Report on vaccination in Madras 1877-1894 - 1877-1894
Year: 1877
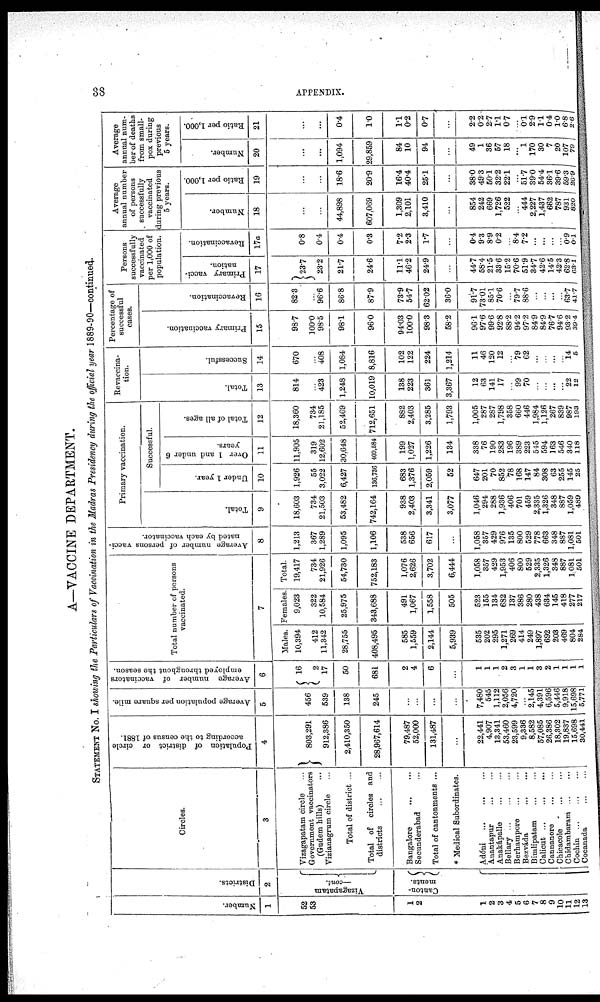
38
APPENDIX.
A—VACCINE DEPARTMENT.
STATEMENT NO. I showing the Particulars of Vaccination in the Madras Presidency during the official year 1889-90—continued.
Number.
1
52
53
1
2
1
2
3
4
5
6
7
8
9
10
11
12
13
Districts.
2
Vizagapatam
—cont.
Canton-
ments.
Circles.
3
Vizagapatam circle ...
Government vaccinators
(Gudem hills) ...
Vizianagrum circle ...
Total of district ...
Total of circles and
districts
...
...
Bangalore ... ...
Secunderabad ...
Total of cantonments ...
* Medical Subordinates.
Adóni
...
...
...
Anantapur
...
...
Anakápalle
...
...
Bellary
...
...
...
Berhampore
...
...
Bezváda
...
...
Bimlipatam
...
...
Calicut ...
...
...
Cannanore
...
...
Chicacole
...
...
Chidambaram
...
...
Cochin ... ... ...
Cocanada ... ...
Population of district or circle
according to the census of 1881.
4
803,291
912,386
2,410,350
28,967,614
79,487
52,000
131,487
...
22,441
4,907
13,341
53,460
23,599
9,336
8,582
57,085
26,386
18,302
19,837
15,698
30,441
Average population per square mile.
5
456
539
138
245
...
...
...
...
7,480
545
1,112
2,056
4,720
...
2,145
4,391
6,596
5,446
9,918
15,698
5,771
Average number of vaccinators
employed throughout the season.
6
16
2
17
50
681
2
4
6
...
1
1
1
2
3
1
1
3
2
1
1
1
1
Total number of persons
vaccinated.
7
Males.
10,394
412
11,342
28,755
408,495
585
1,559
2,144
5,939
535
202
295
1,271
269
414
249
1,897
692
203
469
804
284
Females.
9,023
322
10,584
25,975
343,688
491
1,067
1,558
505
523
155
134
682
137
386
280
438
634
145
418
277
217
Total.
19,417
734
21,926
54,730
752,183
1,076
2,626
3,702
6,444
1,058
357
429
1,953
406
800
529
2,335
1,326
348
887
1,081
501
Average number of persons vacci-
nated by each vaccinator.
8
1,213
367
1,289
1,095
1,106
538
656
617
...
1,058
357
429
976
135
800
529
778
663
348
887
1,081
501
Primary vaccination.
Total.
9
18,603
734
21,503
53,482
742,164
938
2,403
3,341
3,077
1,046
294
288
1,936
406
701
459
2,335
1,326
348
887
1,059
489
Successful.
Under 1 year.
10
1,926
55
3,022
6,427
136,736
683
1,376
2,059
52
647
201
70
852
78
168
147
84
308
63
255
145
25
Over 1 and under 6
years.
11
11,905
319
12,602
30,648
409,584
199
1,027
1,226
134
338
76
190
283
196
389
223
545
594
163
546
340
118
Total of all ages.
12
18,360
734
21,185
52,469
712,651
882
2,403
3,285
1,793
1,005
287
287
1,798
358
660
446
1,984
1,126
267
839
987
193
Revaccina-
tion.
Total.
13
814
...
423
1,248
10,019
138
223
361
3,367
12
63
141
17
...
99
70
...
...
...
...
22
12
Successful.
14
670
...
408
1,084
8,816
102
122
224
1,214
11
46
120
12
...
79
62
...
...
...
...
14
5
Percentage of
successful
cases.
Primary vaccination.
15
98.7
100.0
98.5
98.1
96.0
94.03
100.0
98.3
58.2
96.1
97.6
99.6
92.8
88.2
94.2
97.2
84.9
84.9
76.7
94.6
93.2
39.4
Revaccination.
16
82.3
...
96.6
86.8
87.9
73.9
54.7
62.02
36.0
91.7
73.01
85.1
70.6
...
79.7
88.6
...
...
...
...
63.7
41.7
Persons
successfully
vaccinated
per 1,000 of
population.
Primary vacci-
nation.
17
23.7
23.2
21.7
24.6
11.1
46.2
24.9
...
44.7
58.4
21.5
33.6
15.2
70.6
51.9
34.7
42.6
14.5
42.3
62.8
68.1
Revaccination.
17a
0.8
0.4
0.4
0.3
7.2
2.3
1.7
...
0.4
9.3
89
0.2
...
8.4
7.2
...
...
...
...
0.9
0.1
Average
annual number
of persons
successfully
vaccinated
during previous
5 years.
Number.
18
...
...
44,898
607,069
1,309
2,101
3,410
...
854
242
669
1,726
522
...
444
2,227
1,437
662
787
931
820
Ratio per 1,000.
19
...
...
18.6
20.9
16.4
40.4
25.1
...
38.0
49.3
50.1
32.2
22.1
...
51.7
39.0
54.4
36.1
39.6
59.3
26.9
Average
annual num-
ber of deaths
from small-
pox during
previous
5 years.
Number.
20
...
...
1,094
29,859
84
10
94
...
49
1
36
57
18
...
1
170
30
7
20
107
79
Ratio per 1,000.
21
...
...
0.4
1.0
1.1
0.2
0.7
...
2.2
0.2
2.7
1.1
0.7
...
0.1
2.9
1.1
0.4
1.0
6.8
2.6